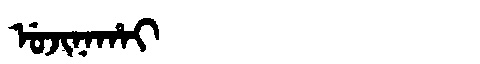
Manchu: ᡠᠵᡳᠨᠠᡥᠠᡳ
Romanization: UJINAHAI